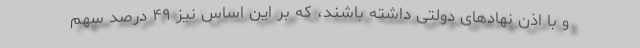
و با اذن نهادهای دولتی داشته باشند، که بر این اساس نیز ۴۹ درصد سهم